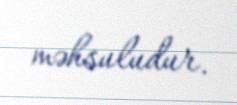
məhsuludur.